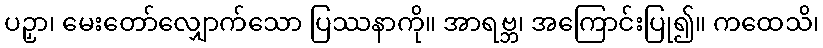
ပဉှာ၊ မေးတော်လျှောက်သော ပြဿနာကို။ အာရဗ္ဘ၊ အကြောင်းပြု၍။ ကထေသိ၊